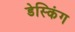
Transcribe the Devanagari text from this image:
डेस्किंग